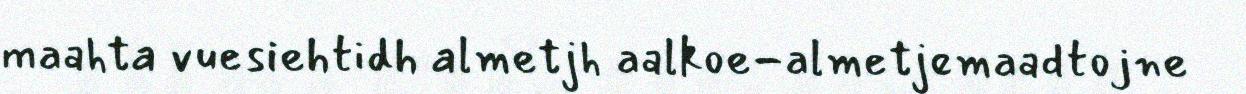
maahta vuesiehtidh almetjh aalkoe-almetjemaadtojne